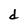
Character: d